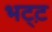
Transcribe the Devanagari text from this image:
भट्ट़